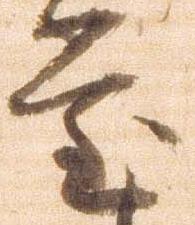
堂